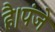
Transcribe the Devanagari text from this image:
है।पंजे